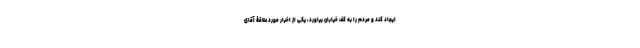
ایجاد کند و مردم را به کف خیابان بیاورد، یکی از اخبار مورد علاقۀ آقای